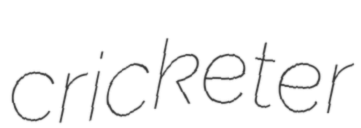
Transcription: cricketer